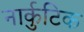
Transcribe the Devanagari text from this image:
नार्कुटिक